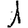
Digit: 1